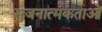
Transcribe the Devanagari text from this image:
सुजनात्मकताओं